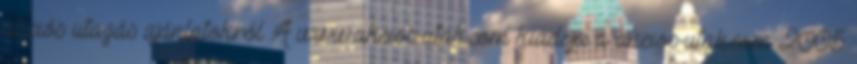
akciós utazás ajánlatokról A www.akcios-utak.com kiadója a akcios-utak.com 2005